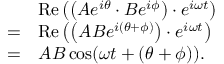
{ \begin{array} { r l } & { \operatorname { R e } \left( \left( A e ^ { i \theta } \cdot B e ^ { i \phi } \right) \cdot e ^ { i \omega t } \right) } \\ { = } & { \operatorname { R e } \left( \left( A B e ^ { i ( \theta + \phi ) } \right) \cdot e ^ { i \omega t } \right) } \\ { = } & { A B \cos ( \omega t + ( \theta + \phi ) ) . } \end{array} }